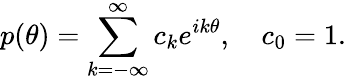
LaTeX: p(\theta)=\sum_{k=-\infty}^{\infty}c_{k}e^{ik\theta},\quad c_{0}=1.